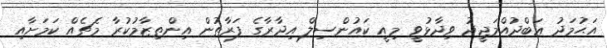
އަޙުމަދު ޢަބްދުއްމަޖީދު ވިދާޅުވީ މިއީ ކައުންސިލް އިދާރާގެ ފަރާތުން އިންތިޒާމުކުރާ މެޗެއް ކަމަށާއި